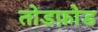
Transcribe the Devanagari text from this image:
तोडफ़ोड